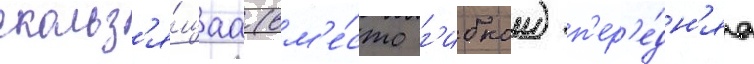
скольз'я́щаа (вм'е́сто г'ибкои) п'ер'е́дн'яа